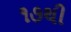
૧૭થી